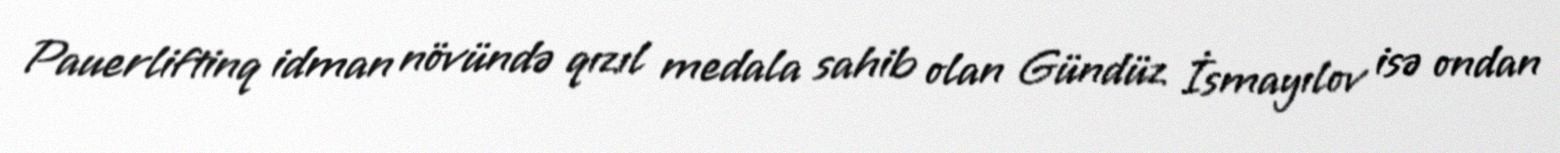
Pauerliftinq idman növündə qızıl medala sahib olan Gündüz İsmayılov isə ondan